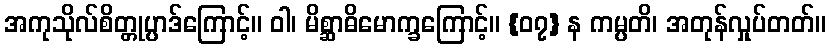
အကုသိုလ်စိတ္တုပ္ပာဒ်ကြောင့်။ ဝါ၊ မိစ္ဆာဓိမောက္ခကြောင့်။ {၀၇} န ကမ္ပတိ၊ အတုန်လှုပ်တတ်။